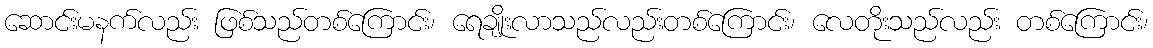
ဆောင်းမနက်လည်း ဖြစ်သည်တစ်ကြောင်း၊ ရေချိုးလာသည်လည်းတစ်ကြောင်း၊ လေတိုးသည်လည်း တစ်ကြောင်း၊